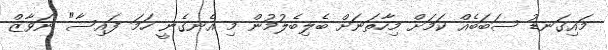
މައިގަނޑު ސަބަބެއް ކަމަށް މިހާތަނަށް ބެލިބެލުމުން މި އެނގެނީ ހަމަ ފައިސާ" ނަވާޒް